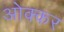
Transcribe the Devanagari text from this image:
ओक्कर